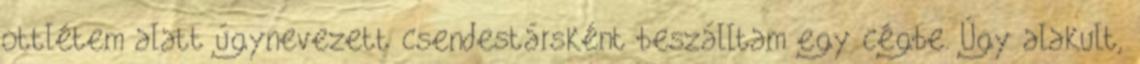
ottlétem alatt úgynevezett csendestársként beszálltam egy cégbe. Úgy alakult,